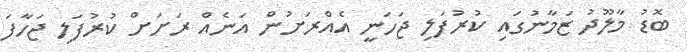
ބޮޑު މާލޫދު ޒަމާނުގައި ކުރުފަލި ޖަހަނީ އެއްރަށުން އަނެއް ރަށަށް ކުރުފަލި ޖަހާފަ